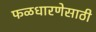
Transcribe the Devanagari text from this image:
फळधारणेसाठी